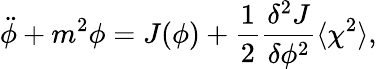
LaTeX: \ddot{\phi}+m^{2}{\phi}=J(\phi)+\frac{1}{2}\frac{{\delta}^{2}J}{{\delta}{\phi}^{2}}\langle{\chi}^{2}\rangle,